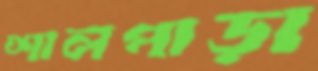
শালপাড়া